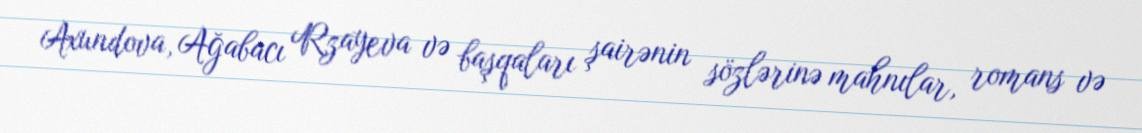
Axundova, Ağabacı Rzayeva və başqaları şairənin sözlərinə mahnılar, romans və